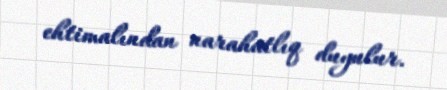
ehtimalından narahatlıq duyulur.